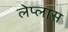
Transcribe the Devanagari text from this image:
लेप्लास